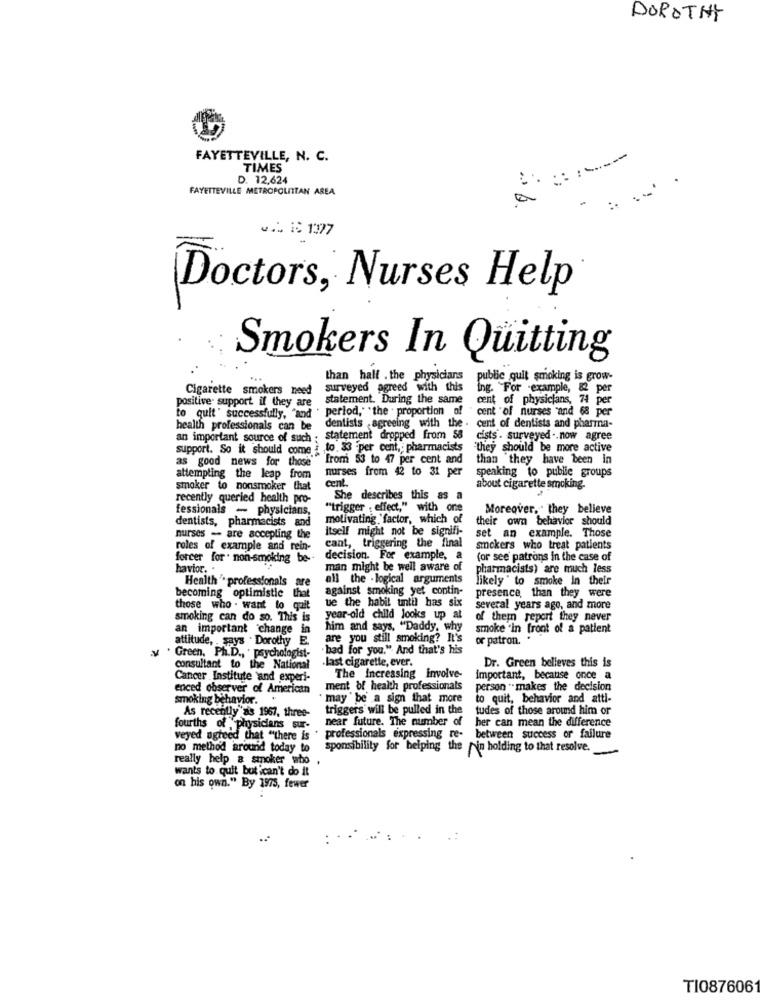
DOROTHY
FAYETTEVILLE, N. C.
TIMES
D. 12,624
FAYETTEVILLE METROPOLITAN AREA
0.4 1 1377
Doctors, Nurses Help
Smokers In Quitting
than half . the physicians
public quit smoking is grow-
Cigarette smokers need
surveyed agreed with this
Ing. "For example, & per
positive support if they are
statement. During the same
cent of physicians, 74 per
to quit" successfully, "and " period," "the . proportion of
cent "of nurses "and 68 per
health professionals can be
dentists ,agreeing with the .
cent of dentists and pharma-
an important source of such ; statement dropped from 58
cists . surveyed .. now agree
support. So it should come : to. 33 -per cent ,; pharmacists
"they should be more active
as good news for those
from 53 to 47 per cent and
than they have been in
nurses from 42 to 31 per
attempting the leap from
Cent.
speaking to public groups
smoker to nonsmoker that
about cigarette smoking.
recently queried health pro-
She describes this as a
fessionals - physicians,
"trigger ; effect," with one
Moreover, they believe
dentists, pharmacists and
motivating 'factor, which of
their own behavior should
itself might not be signifi-
nurses - are accepting the
set an example. Those
roles of example and rein-
cant, triggering the final
smokers who treat patients
forcer for . non-smoking be-
decision. For example, a
(or see patrons in the case of
havior. .
man might be well aware of
pharmacists) are much less
all the - logical arguments
likely " to smoke in their
th " professionals are
against smoking yet contin-
presence than they were
becoming optimistic
that
ue the habit until has six
those who . want to quit
several years ago, and more
smoking can do so. This is
year-old child looks up at
of them report they never
an important change in
him and says, "Daddy. why
smoke 'in front of a patient
attitude, . says . Dorothy E.
are you still smoking? It's
or patron.
.bad for you." And that's his
V . Green, Ph.D ., psychologist-
Dr. Green believes this is
consultant to the National
. last cigarette, ever.
Cancer Institute and experi-
The Increasing involve-
important, because once a
enced observer of American
ment of health professionals
person "makes the decision
smoking behavior.
may " be' a sign that more
to quit, behavior and atti-
As recently as 1967, three-
triggers will be pulled in the
tudes of those around him or
near future. The number of
her can mean the difference
fourths of physicians sur-
veyed agreed that "there is
. professionals expressing re- between success or failure
no method around today to
sponsibility for helping the pin holding to that resolve.
really help a smoker who
3 .
wants to quit but ican't do it
on his own." By 1975, fewer
T1087606